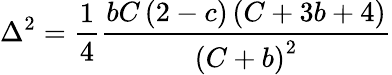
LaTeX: \Delta^{2}=\frac{1}{4}\frac{bC\left(2-c\right)\left(C+3b+4\right)}{\left(C+b\right)^{2}}